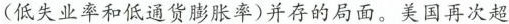
(低失业率和低通货膨胀率)并存的局面。美国再次超